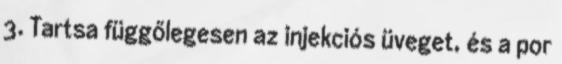
3. Tartsa függőlegesen az injekciós üveget, és a por